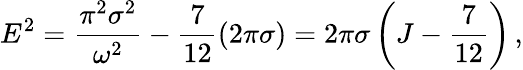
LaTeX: E^{2}=\frac{\pi^{2}\sigma^{2}}{\omega^{2}}-\frac{7}{12}(2\pi\sigma)=2\pi\sigma\left(J-\frac{7}{12}\right)\, ,